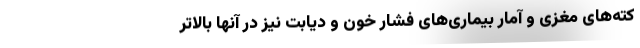
کته‌های مغزی و آمار بیماری‌های فشار خون و دیابت نیز در آنها بالاتر